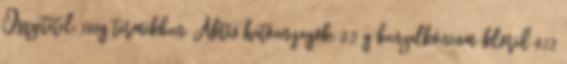
Összetétel: 100g termékben: Aktív hatóanyagok: 0,2 g benzalkónium-klorid 0,12